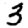
Digit: 3